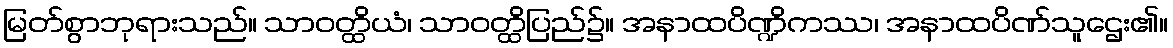
မြတ်စွာဘုရားသည်။ သာဝတ္ထိယံ၊ သာဝတ္ထိပြည်၌။ အနာထပိဏ္ဍိကဿ၊ အနာထပိဏ်သူဌေး၏။